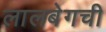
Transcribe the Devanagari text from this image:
लालबेगची